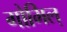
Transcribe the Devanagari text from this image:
गोभिल्